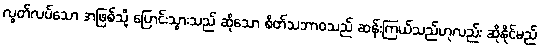
လွတ်လပ်သော အဖြစ်သို့ ပြောင်းသွားသည် ဆိုသော စိတ်သဘာဝသည် ဆန်းကြယ်သည်ဟုလည်း ဆိုနိုင်မည်